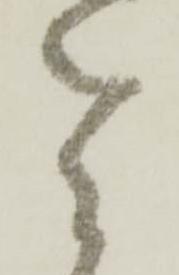
令